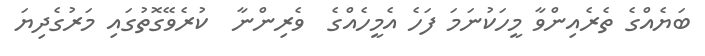
ބަޔެއްގެ ތެރެއިންވާ މީހަކުނަމަ ފަހެ އެމީހެއްގެ  ވެރިންނާ  ކުރެވޭގޮތުގައި މަރުގެދިޔަ